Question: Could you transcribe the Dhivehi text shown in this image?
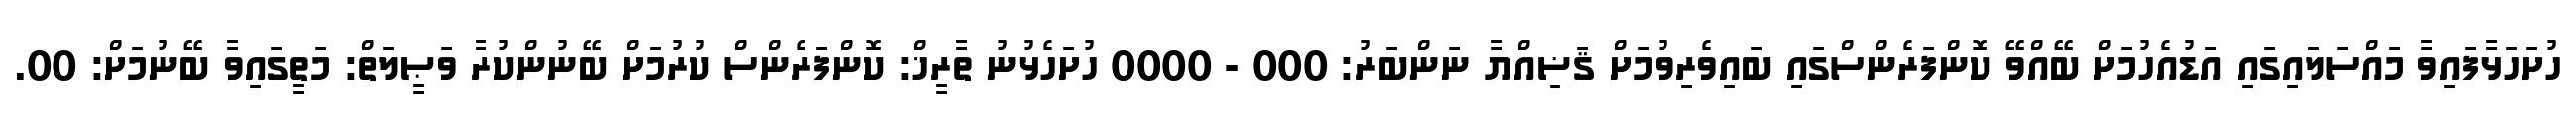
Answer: ހުށަހަޅާފައިވާ މައްސަލައިގައި އަޑުއެހުމަށް ބޭއްވޭ ކޮންފަރެންސްގައި ބައިވެރިވުމަށް ޤަޟިއްޔާ ނަންބަރު: 000 - 0000 ހުށަހެޅުނު ތާރީޚް: ކޮންފަރެންސް ކުރުމަށް ބޭނުންކުރާ ވަޞީލަތް: މަތީގައިވާ ބޭނުމަށް: 00.